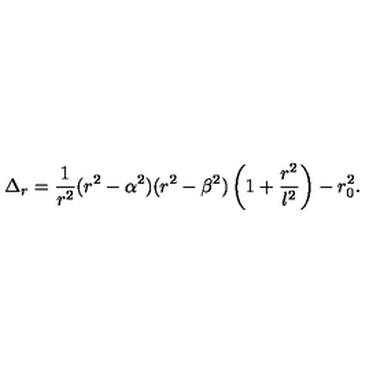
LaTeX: \Delta _ { r } = { \frac { 1 } { r ^ { 2 } } } ( r ^ { 2 } - \alpha ^ { 2 } ) ( r ^ { 2 } - \beta ^ { 2 } ) \left( 1 + { \frac { r ^ { 2 } } { l ^ { 2 } } } \right) - r _ { 0 } ^ { 2 } .